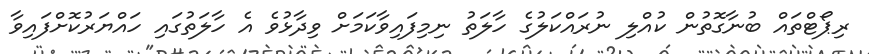
ރިޕޯޓްތައް ބުނާގޮތުން ކުއްލި ނުރައްކަލުގެ ހާލަތު ނިމިފައިވާކަމަށް ވިދާޅުވެ އެ ހާލަތުގައި ހައްޔަރުކޮށްފައިވާ